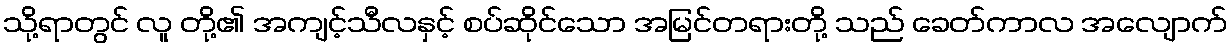
သို့ရာတွင် လူ တို့၏ အကျင့်သီလနှင့် စပ်ဆိုင်သော အမြင်တရားတို့ သည် ခေတ်ကာလ အလျောက်